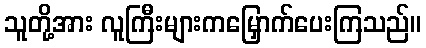
သူတို့အား လူကြီးများကမြှောက်ပေးကြသည်။